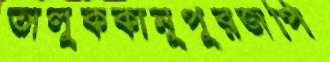
তালুককানুপুরজপি